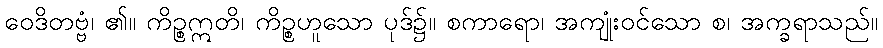
ဝေဒိတဗ္ဗံ၊ ၏။ ကိဉ္စဣတိ၊ ကိဉ္စဟူသော ပုဒ်၌။ စကာရော၊ အကျုံးဝင်သော စ၊ အက္ခရာသည်။